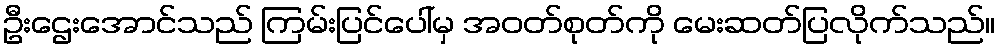
ဦးဌေးအောင်သည် ကြမ်းပြင်ပေါ်မှ အဝတ်စုတ်ကို မေးဆတ်ပြလိုက်သည်။